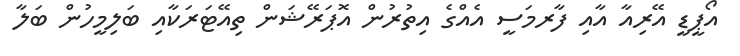
އޯޕީޑީ އޭރިއާ އާއި ފާރމަސީ އެއްގެ އިތުރުން އޮޕަރޭޝަން ތިއޭޓަރަކާއި ބަލިމީހުން ބަލާ